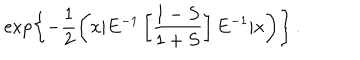
LaTeX: \exp \left\{ { - \frac { 1 } { 2 } \left( x | E ^ { - 1 } \left[ \frac { 1 - S } { 1 + S } \right] E ^ { - 1 } | x \right) } \right\} \, .